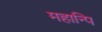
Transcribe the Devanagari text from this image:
महान्पि